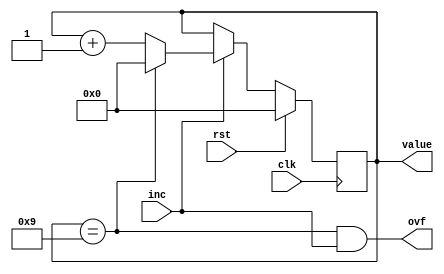
module dec_ctr_15 (
    input clk,
    input rst,
    input inc,
    output reg ovf,
    output reg [3:0] value
  );
  
  
  
  reg [3:0] M_val_d, M_val_q = 1'h0;
  
  always @* begin
    M_val_d = M_val_q;
    
    value = M_val_q;
    ovf = M_val_q == 4'h9 && inc;
    if (inc) begin
      if (M_val_q == 4'h9) begin
        M_val_d = 1'h0;
      end else begin
        M_val_d = M_val_q + 1'h1;
      end
    end
  end
  
  always @(posedge clk) begin
    if (rst == 1'b1) begin
      M_val_q <= 1'h0;
    end else begin
      M_val_q <= M_val_d;
    end
  end
  
endmodule